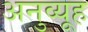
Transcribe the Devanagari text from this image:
अनुव्यूह